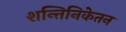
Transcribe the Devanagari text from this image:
शन्तिनिकेतन